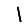
Digit: 1